Epidemic dropsy in Calcutta - Number 45
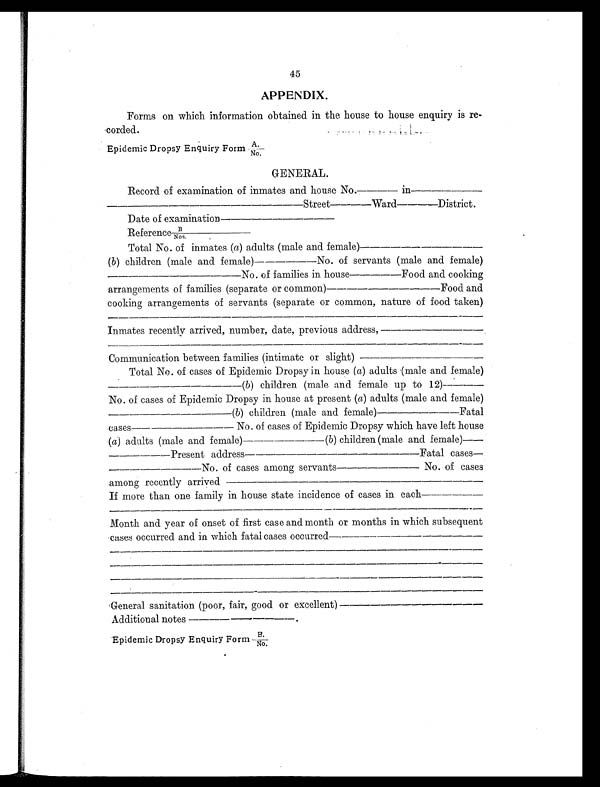
45
APPENDIX.
Forms on which information obtained in the house to house enquiry is
re-corded.
Epidemic Dropsy Enquiry Form A./No.
GENERAL.
Record of examination of inmates and house No.---- in
Street----Ward----District
Date of examination
Reference B/Nos.
Total No. of inmates ( a) adults (male and female)
( b) children (male and female)------No. of servants (male and female)
No. of families in house------Food and cooking
arrangements of families (separate or common)---
Food and
cooking arrangements of servants (separate or common, nature of food taken)
_____________________________________________________________________
Inmates recently arrived, number, date, previous address,
______________________________________________________________________
Communication between families (intimate or slight)
Total No. of cases of Epidemic Dropsy in house ( a) adults (male and female)
(b) children (male and female up to 12)----
No. of cases of Epidemic Dropsy in house at present ( a) adults (male and female)
______________________________(b) children (male and female)
Fatal
cases---------- No. of cases of Epidemic Dropsy which have left house
(a) adults (male and female)
(b) children (male and female)
Present address---
Fatal cases-
-
No. of cases among servants -----------------No. of cases
among recently arrived
If more than one family in house state incidence of cases in each
Month and year of onset of first case and month or months in which subsequent
cases occurred and in which fatal cases occurred---------------------------------------------
--------------------------------------------------------------------------------------------- ---------------------------------------------------------------------------------------------- ----------------------------------------------------------------------------------------------- ------------------------------------------------------------------------------------------------
General sanitation (poor, fair, good or excellent)
Additional notes -------.
Epidemic Dropsy Enquiry Form B/No.